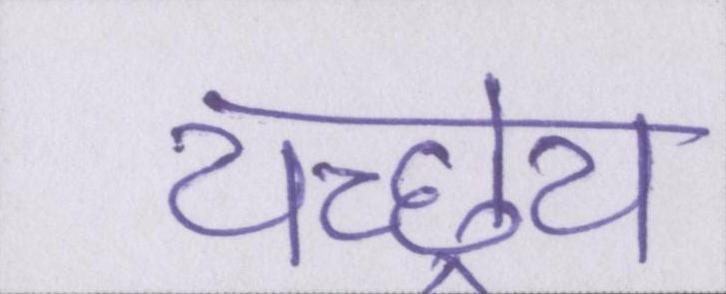
यच्छ्रेय